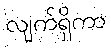
လျက်ရှိကာ